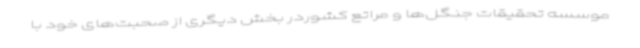
موسسه تحقیقات جنگل‌ها و مراتع کشوردر بخش دیگری از صحبت‌های خود با